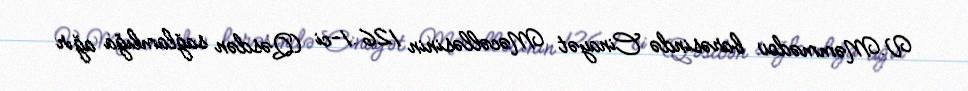
V.Məmmədov barəsində Cinayət Məcəlləsinin 126.1-ci (Qəsdən sağlamlığa ağır